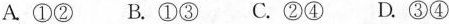
A. ①② B. ①③ C. ②④ D. ③④